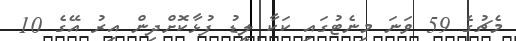
މެޗުގެ 59 ވަނަ މިނެޓުގައި ކަކާ ލީޑު ފުޅާކޮށްދިން އިރު އޭގެ 10